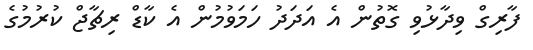
ފާރިގް ވިދާޅުވި ގޮތުން އެ އަދަދު ހަމަވުމުން އެ ކާޑް ރިޗާޖް ކުރުމުގެ